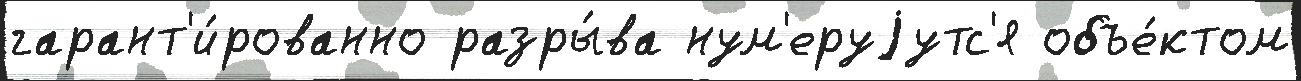
гарант'и́рованно разры́ва нум'еруjутс'я объе́ктом